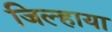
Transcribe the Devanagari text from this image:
जिल्हाया